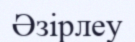
Әзірлеу